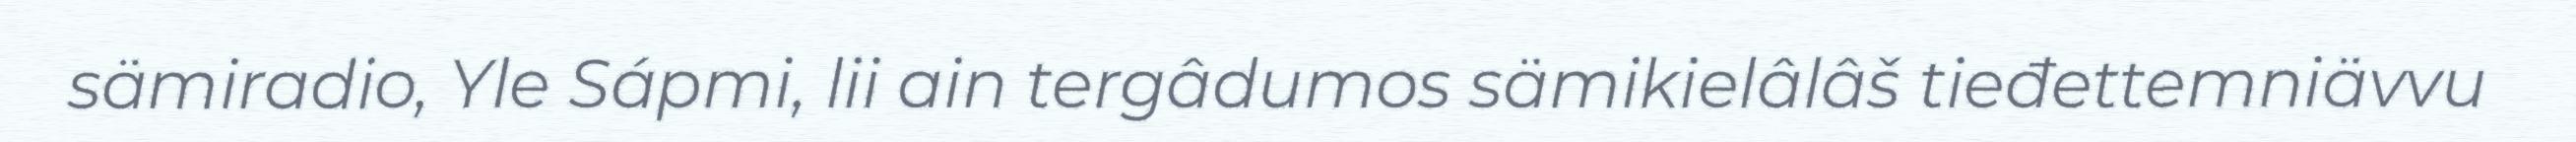
sämiradio, Yle Sápmi, lii ain tergâdumos sämikielâlâš tieđettemniävvu